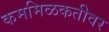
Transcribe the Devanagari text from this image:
कममिळकतीवर